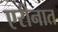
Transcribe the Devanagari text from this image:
एरीनात